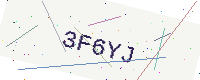
Text: 3F6YJ